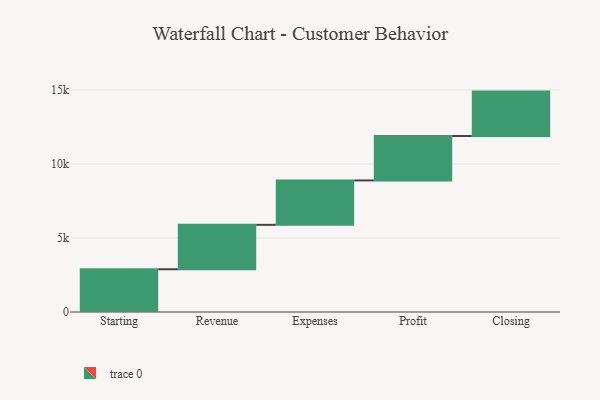
{"axis": {"x": "Step", "y": "Value"}, "legend": [""], "data": [{"x": "Starting", "y": 2887.0, "type": ""}, {"x": "Revenue", "y": 3000, "type": ""}, {"x": "Expenses", "y": 3000, "type": ""}, {"x": "Profit", "y": 3000, "type": ""}, {"x": "Closing", "y": 3000, "type": ""}]}